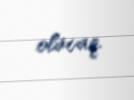
olacaq.